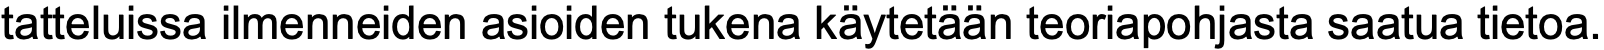
tatteluissa ilmenneiden asioiden tukena käytetään teoriapohjasta saatua tietoa.